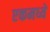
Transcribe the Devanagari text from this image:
एकमध्ये